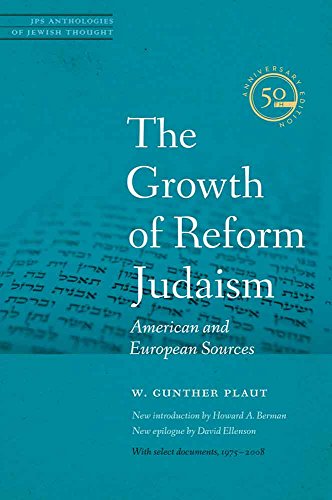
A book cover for The Growth of Reform Judaism: American and European Sources (JPS Anthologies of Jewish Thought); Rabbi W. Gunther Plaut; Religion & Spirituality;